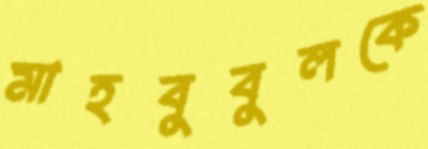
মাহবুবুলকে